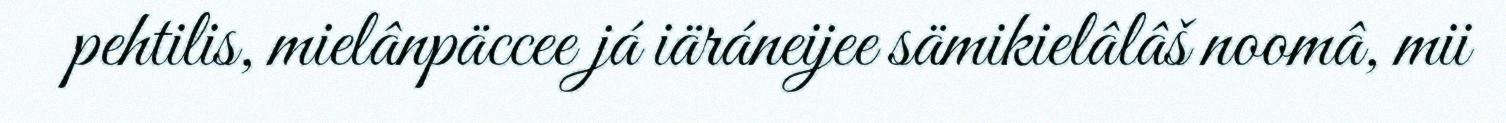
pehtilis, mielânpäccee já iäráneijee sämikielâlâš noomâ, mii